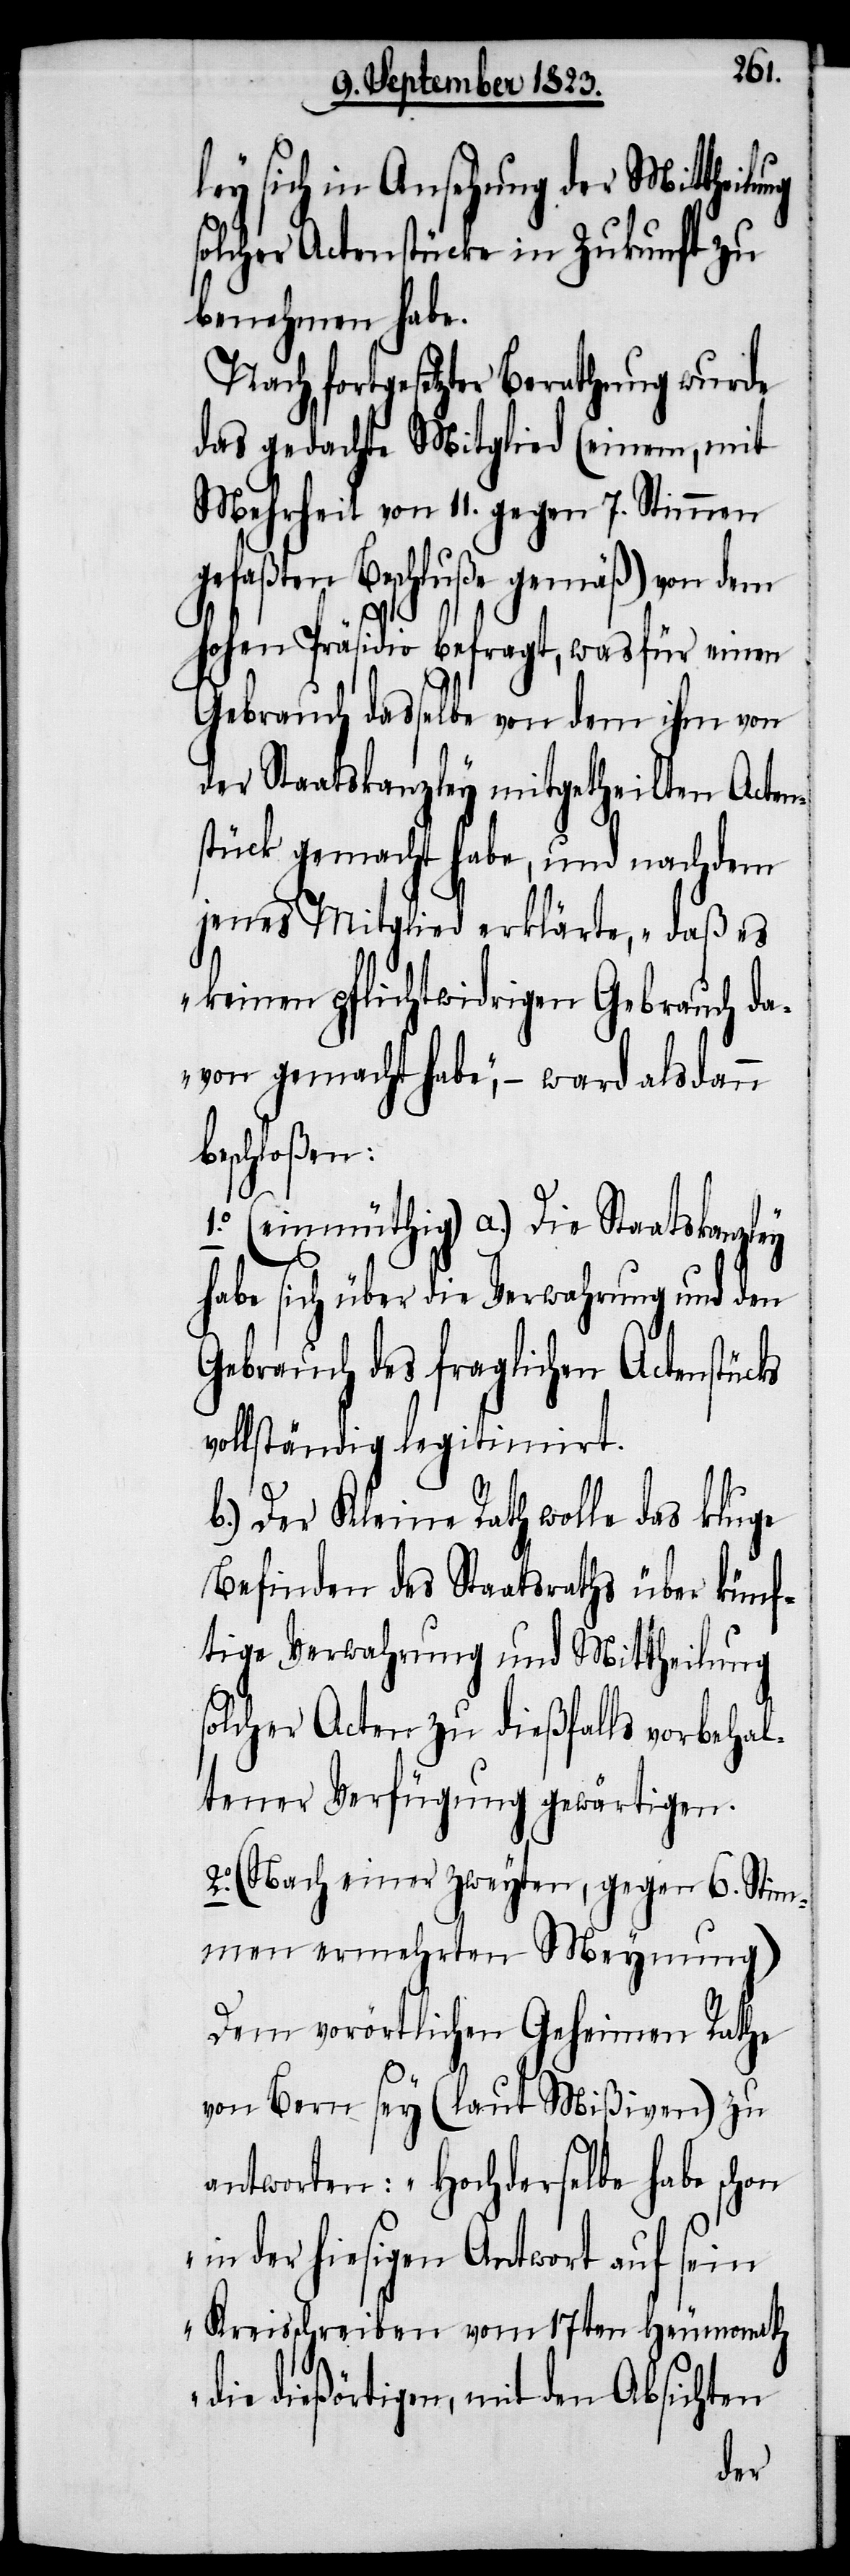
ley sich in Ansehung der Mittheilung
solcher Actenstücke in Zukunft zu
benehmen habe.
Nach fortgesetzter Berathung wurde
das gedachte Mitglied (einem, mit
Mehrheit von 11. gegen 7. Stimmen
Beschluße gemäß) von dem
hohen Präsidio befragt, was für einen
Gebrauch dasselbe von dem ihm von
der Staatskanzley mitgetheilten Acten¬
stück gemacht habe, und nachdem
jenes Mitglied erklärte, „daß es
keinen pflichtwidrigen Gebrauch da¬
von gemacht habe“, − ward alsdann
beschloßen:
1.o (einmüthig) a.) Die Staatskanzley
habe sich über die Verwahrung und den
Gebrauch des fraglichen Actenstücks
vollständig legitimirt.
b.) Der Kleine Rath wolle das kluge
Befinden des Staatsraths über künf¬
tige Verwahrung und Mittheilung
solcher Acten zu dießfalls vorbehal¬
tener Verfügung gewärtigen.
2.o (Nach einer zweyten, gegen 6. Stim¬
men ermehrten Meynung)
Dem vorörtlichen Geheimen Rathe
von Bern sey (laut Mißiven) zu
antworten: „Hochderselbe habe schon
in der hiesigen Antwort auf sein
Kreisschreiben vom 17ten Heumonath
dießörtigen, mit den Absichten